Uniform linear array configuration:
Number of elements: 16
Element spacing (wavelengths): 1
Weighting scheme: kaiser
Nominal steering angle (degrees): -60
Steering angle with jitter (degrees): -60.584
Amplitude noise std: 0.05
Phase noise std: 0.05

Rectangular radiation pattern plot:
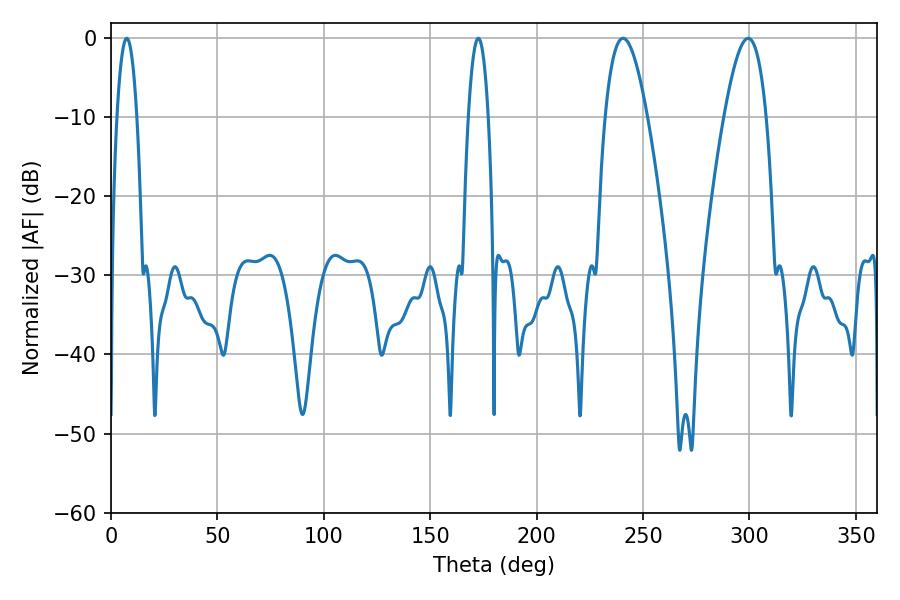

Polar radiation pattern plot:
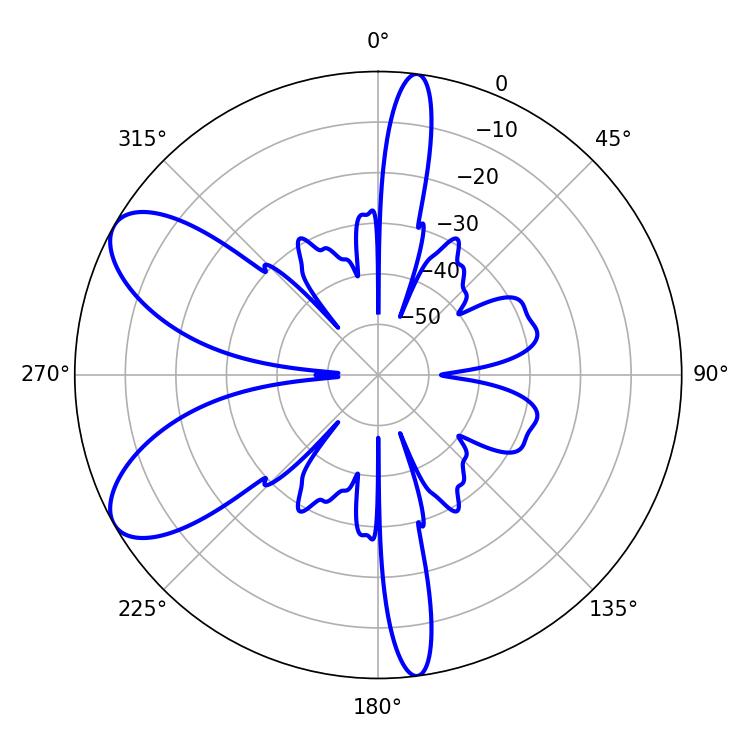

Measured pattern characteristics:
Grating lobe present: TRUE
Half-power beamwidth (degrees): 5.22
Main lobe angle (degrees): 172.62